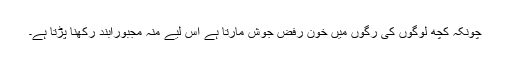
چونکہ کچھ لوگوں کی رگوں میں خون ِرَفض جوش مارتا ہے اس لیے منہ مجبوراًبند رکھنا پڑتا ہے۔